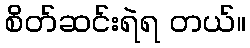
စိတ်ဆင်းရဲရ တယ်။